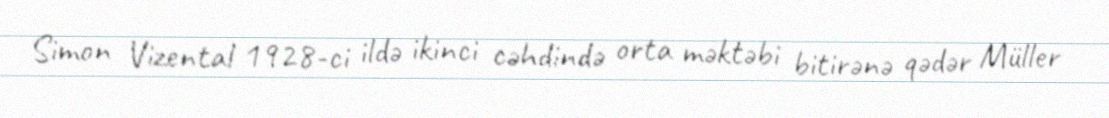
Simon Vizental 1928-ci ildə ikinci cəhdində orta məktəbi bitirənə qədər Müller